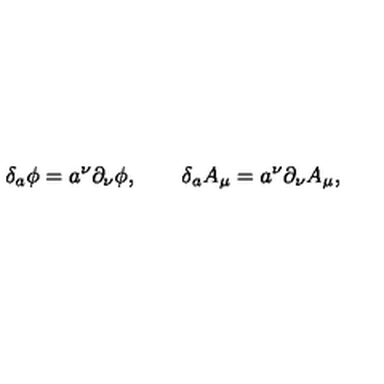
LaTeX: \delta _ { a } \phi = a ^ { \nu } \partial _ { \nu } \phi , \qquad \delta _ { a } A _ { \mu } = a ^ { \nu } \partial _ { \nu } A _ { \mu } ,